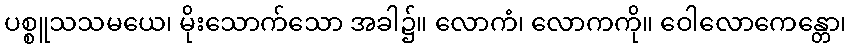
ပစ္စူသသမယေ၊ မိုးသောက်သော အခါ၌။ လောကံ၊ လောကကို။ ဝေါလောကေန္တော၊